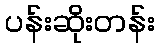
ပန်းဆိုးတန်း